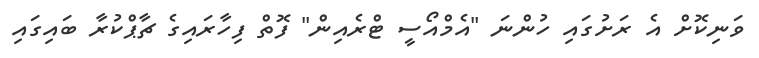
ވަނިކޮށް އެ ރަށުގައި ހުންނަ "އެމްއޯސީ ޓްރެއިން" ފޮތް ފިހާރައިގެ ޗާޕްކުރާ ބައިގައި